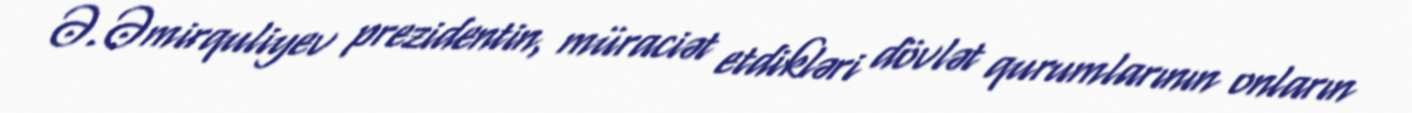
Ə.Əmirquliyev prezidentin, müraciət etdikləri dövlət qurumlarının onların